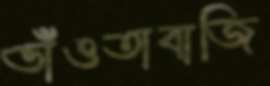
ভাঁওতাবাজি